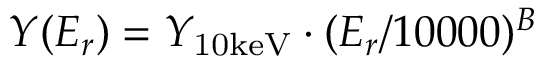
Y ( E _ { r } ) = Y _ { \mathrm { 1 0 k e V } } \cdot ( E _ { r } / 1 0 0 0 0 ) ^ { B }